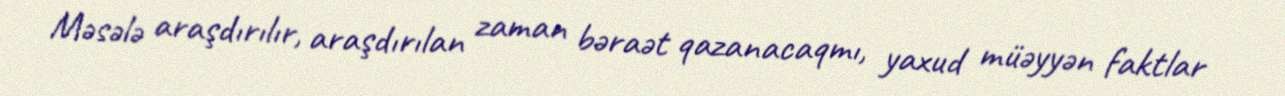
Məsələ araşdırılır, araşdırılan zaman bəraət qazanacaqmı, yaxud müəyyən faktlar